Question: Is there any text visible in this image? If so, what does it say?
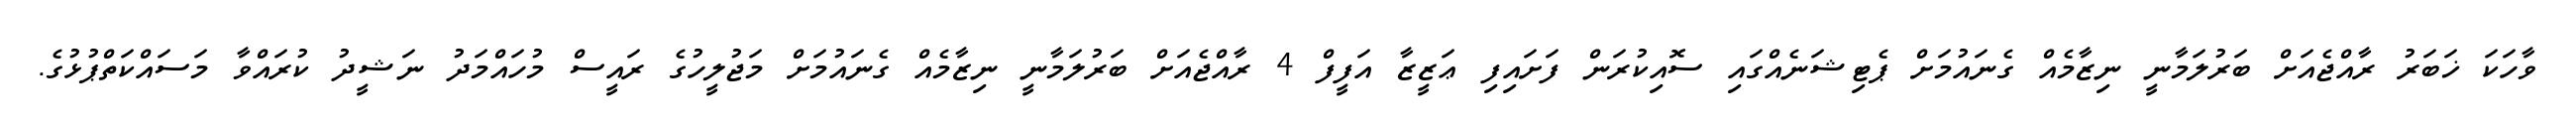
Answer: ވާހަކަ ޚަބަރު ރާއްޖެއަށް ބަރުލަމާނީ ނިޒާމެއް ގެނައުމަށް ޕެޓިޝަނެއްގައި ސޮއިކުރަން ފަށައިފި ޢަޒީޒާ އަފީފް 4 ރާއްޖެއަށް ބަރުލަމާނީ ނިޒާމެއް ގެނައުމަށް މަޖުލީހުގެ ރައީސް މުހައްމަދު ނަޝީދު ކުރައްވާ މަސައްކަތްޕުޅުގެ.